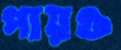
পায়ও